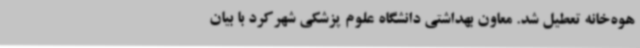
هوه‌خانه تعطیل شد. معاون بهداشتی دانشگاه علوم پزشکی شهرکرد با بیان